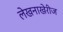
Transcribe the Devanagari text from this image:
लेखनाखेरीज